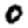
Digit: 0